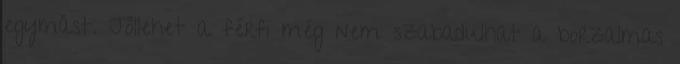
egymást. Jóllehet a férfi még nem szabadulhat a borzalmas